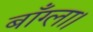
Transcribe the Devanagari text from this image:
बाँग्ला।